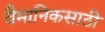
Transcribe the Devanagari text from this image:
वैमानिकसाठी